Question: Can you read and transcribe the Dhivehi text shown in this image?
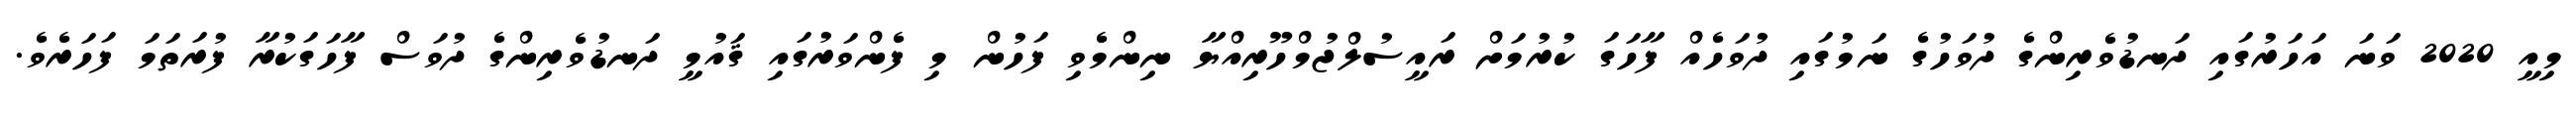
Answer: މިއީ 2020 ވަނަ އަހަރުގައި ދަނޑުވެރިންގެ ދުވަހުގެ ނަމުގައި ދުވަހެއް ފާހަގަ ކުރުމަށް ރައީސުލްޖުމްހޫރިއްޔާ ނިންމެވި ފަހުން މި ފެންވަރުގައި ޤައުމީ ދަނޑުވެރިންގެ ދުވަސް ފާހަގަކުރާ ފުރަތަމަ ފަހަރެވެ.